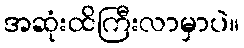
အဆုံးထိကြီးလာမှာပဲ။